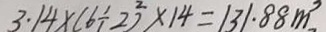
3 . 1 4 \times ( 6 \div 2 ) ^ { 2 } \times 1 4 = 1 3 1 . 8 8 m ^ { 3 }